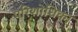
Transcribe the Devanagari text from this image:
परिशोधिका